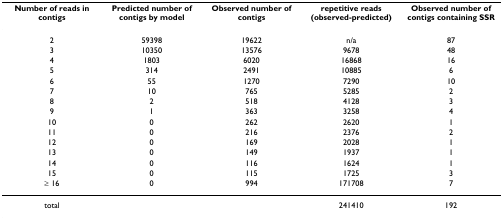
<table><thead><tr><td><b>Number of reads in contigs</b></td><td><b>Predicted number of contigs by model</b></td><td><b>Observed number of contigs</b></td><td><b>repetitive reads (observed-predicted)</b></td><td><b>Observed number of contigs containing SSR</b></td></tr></thead><tbody><tr><td>2</td><td>59398</td><td>19622</td><td>n/a</td><td>87</td></tr><tr><td>3</td><td>10350</td><td>13576</td><td>9678</td><td>48</td></tr><tr><td>4</td><td>1803</td><td>6020</td><td>16868</td><td>16</td></tr><tr><td>5</td><td>314</td><td>2491</td><td>10885</td><td>6</td></tr><tr><td>6</td><td>55</td><td>1270</td><td>7290</td><td>10</td></tr><tr><td>7</td><td>10</td><td>765</td><td>5285</td><td>2</td></tr><tr><td>8</td><td>2</td><td>518</td><td>4128</td><td>3</td></tr><tr><td>9</td><td>1</td><td>363</td><td>3258</td><td>4</td></tr><tr><td>10</td><td>0</td><td>262</td><td>2620</td><td>1</td></tr><tr><td>11</td><td>0</td><td>216</td><td>2376</td><td>2</td></tr><tr><td>12</td><td>0</td><td>169</td><td>2028</td><td>1</td></tr><tr><td>13</td><td>0</td><td>149</td><td>1937</td><td>1</td></tr><tr><td>14</td><td>0</td><td>116</td><td>1624</td><td>1</td></tr><tr><td>15</td><td>0</td><td>115</td><td>1725</td><td>3</td></tr><tr><td>≥ 16</td><td>0</td><td>994</td><td>171708</td><td>7</td></tr><tr><td>total</td><td></td><td></td><td>241410</td><td>192</td></tr></tbody></table>